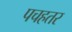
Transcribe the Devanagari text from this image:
पचहतर